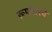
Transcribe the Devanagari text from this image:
रूपांतरचे